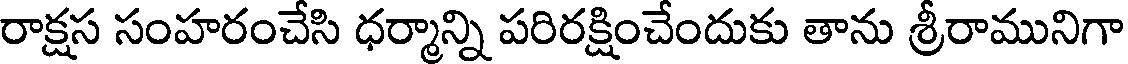
రాక్షస సంహరంచేసి ధర్మాన్ని పరిరక్షించేందుకు తాను శ్రీరామునిగా